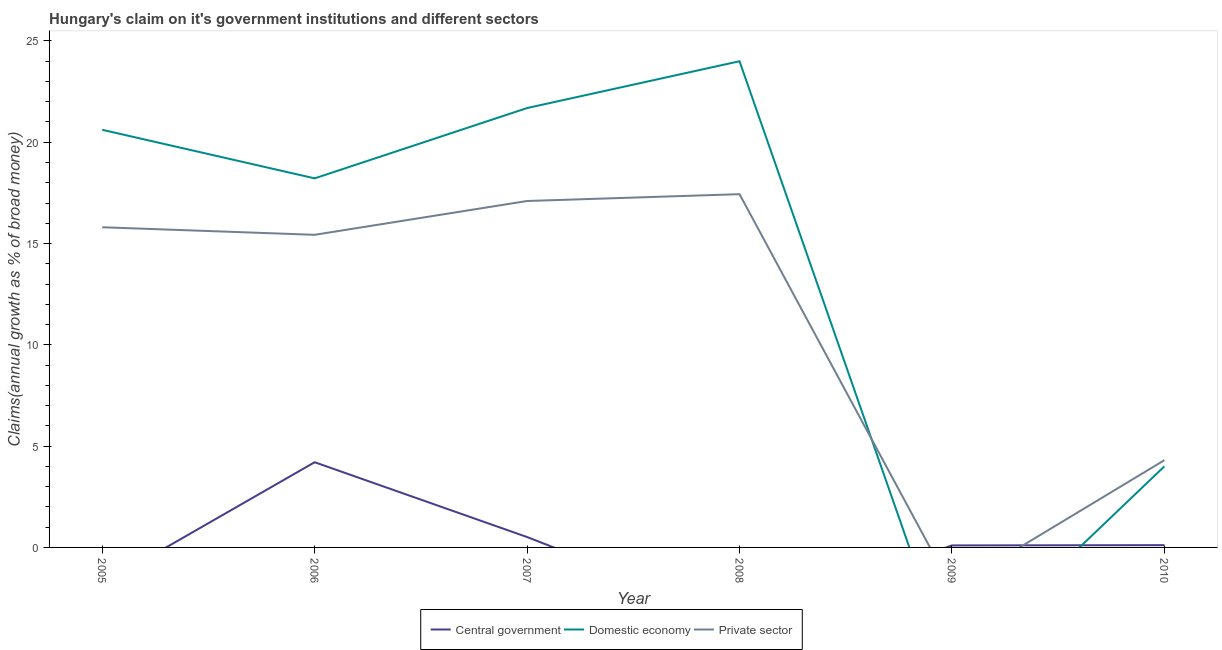
| Year | Central government | Domestic economy | Private sector |
 | --- | --- | --- | --- |
 | 2005 | -1.81 | 20.6 | 15.8 |
 | 2006 | 4.21 | 18.2 | 15.4 |
 | 2007 | 0.512 | 21.7 | 17.1 |
 | 2008 | -3.58 | 24 | 17.4 |
 | 2009 | 0.0992 | -6.01 | -2.01 |
 | 2010 | 0.113 | 4 | 4.31 |